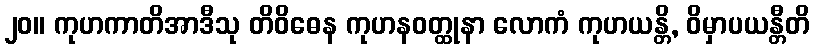
၂၀။ ကုဟကာတိအာဒီသု တိဝိဓေန ကုဟနဝတ္ထုနာ လောကံ ကုဟယန္တိ, ဝိမှာပယန္တီတိ